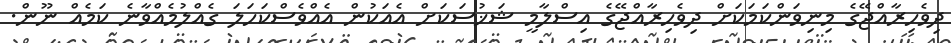
ދިވެހިރާއްޖޭގެ މިނިވަންކަމަކަށް ދިވެހިރާއްޖޭގެ އިސްލާމީ ޝަޚުސަކަށް އެއަކުން އެއްވެސްކަހަލަ ގެއްލުމެއްވާނެ ކަމެއް ނޫން.